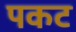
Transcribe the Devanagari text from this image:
पकट